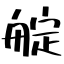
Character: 𦩘